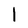
Character: I